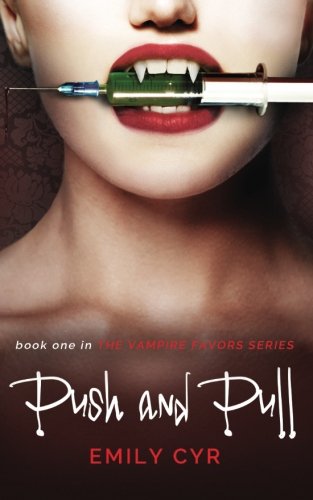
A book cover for Push and Pull (Vampire Favors) (Volume 1); Emily Cyr; Science Fiction & Fantasy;